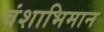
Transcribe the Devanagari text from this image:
वंशाभिमान